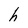
Character: h